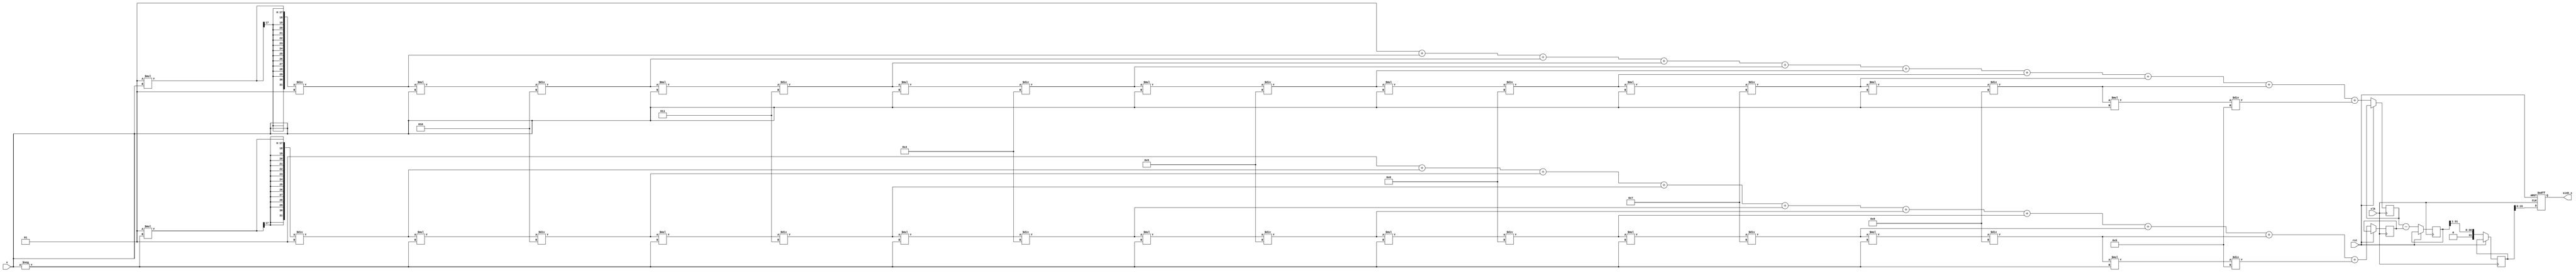
module sinh_arithmetic_block (
    input wire signed [15:0] x,        // Input value (fixed-point representation)
    output reg signed [15:0] sinh_x,    // Output value (sinh(x))
    input wire clk,
    input wire rst
);
    
    // Internal signals
    reg signed [31:0] exp_x;          // e^x
    reg signed [31:0] exp_neg_x;      // e^(-x)
    reg signed [31:0] diff;            // e^x - e^(-x)
    reg signed [31:0] result;          // Final result before division

    // Exponential approximation using Taylor series
    function signed [31:0] exp_approx;
        input signed [15:0] input_x;
        reg signed [31:0] sum;
        reg signed [31:0] term;
        integer i;
        begin
            sum = 32'h00000000; // Initialize sum
            term = 32'h00000001; // First term (1)
            for (i = 0; i < 10; i = i + 1) begin // 10 terms for approximation
                sum = sum + term;
                term = (term * input_x) / (i + 1); // Calculate next term
            end
            exp_approx = sum;
        end
    endfunction

    always @(posedge clk or posedge rst) begin
        if (rst) begin
            sinh_x <= 16'h0000; // Reset output
        end else begin
            // Calculate e^x and e^(-x)
            exp_x <= exp_approx(x);
            exp_neg_x <= exp_approx(-x);
            
            // Calculate e^x - e^(-x)
            diff <= exp_x - exp_neg_x;
            
            // Divide by 2 to get sinh(x)
            result <= diff >> 1; // Right shift by 1 is equivalent to division by 2
            
            // Assign final result to output
            sinh_x <= result[15:0]; // Output should match input bit-width
        end
    end

endmodule